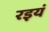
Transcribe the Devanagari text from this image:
रइयं